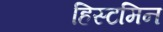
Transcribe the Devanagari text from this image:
हिस्टमिन